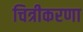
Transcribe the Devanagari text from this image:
चित्रीकरणा